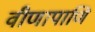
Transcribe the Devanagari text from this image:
वीणापाणि